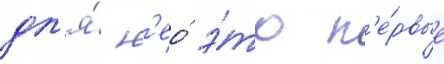
дл'я́ н'ео́ э́то п'е́рвые